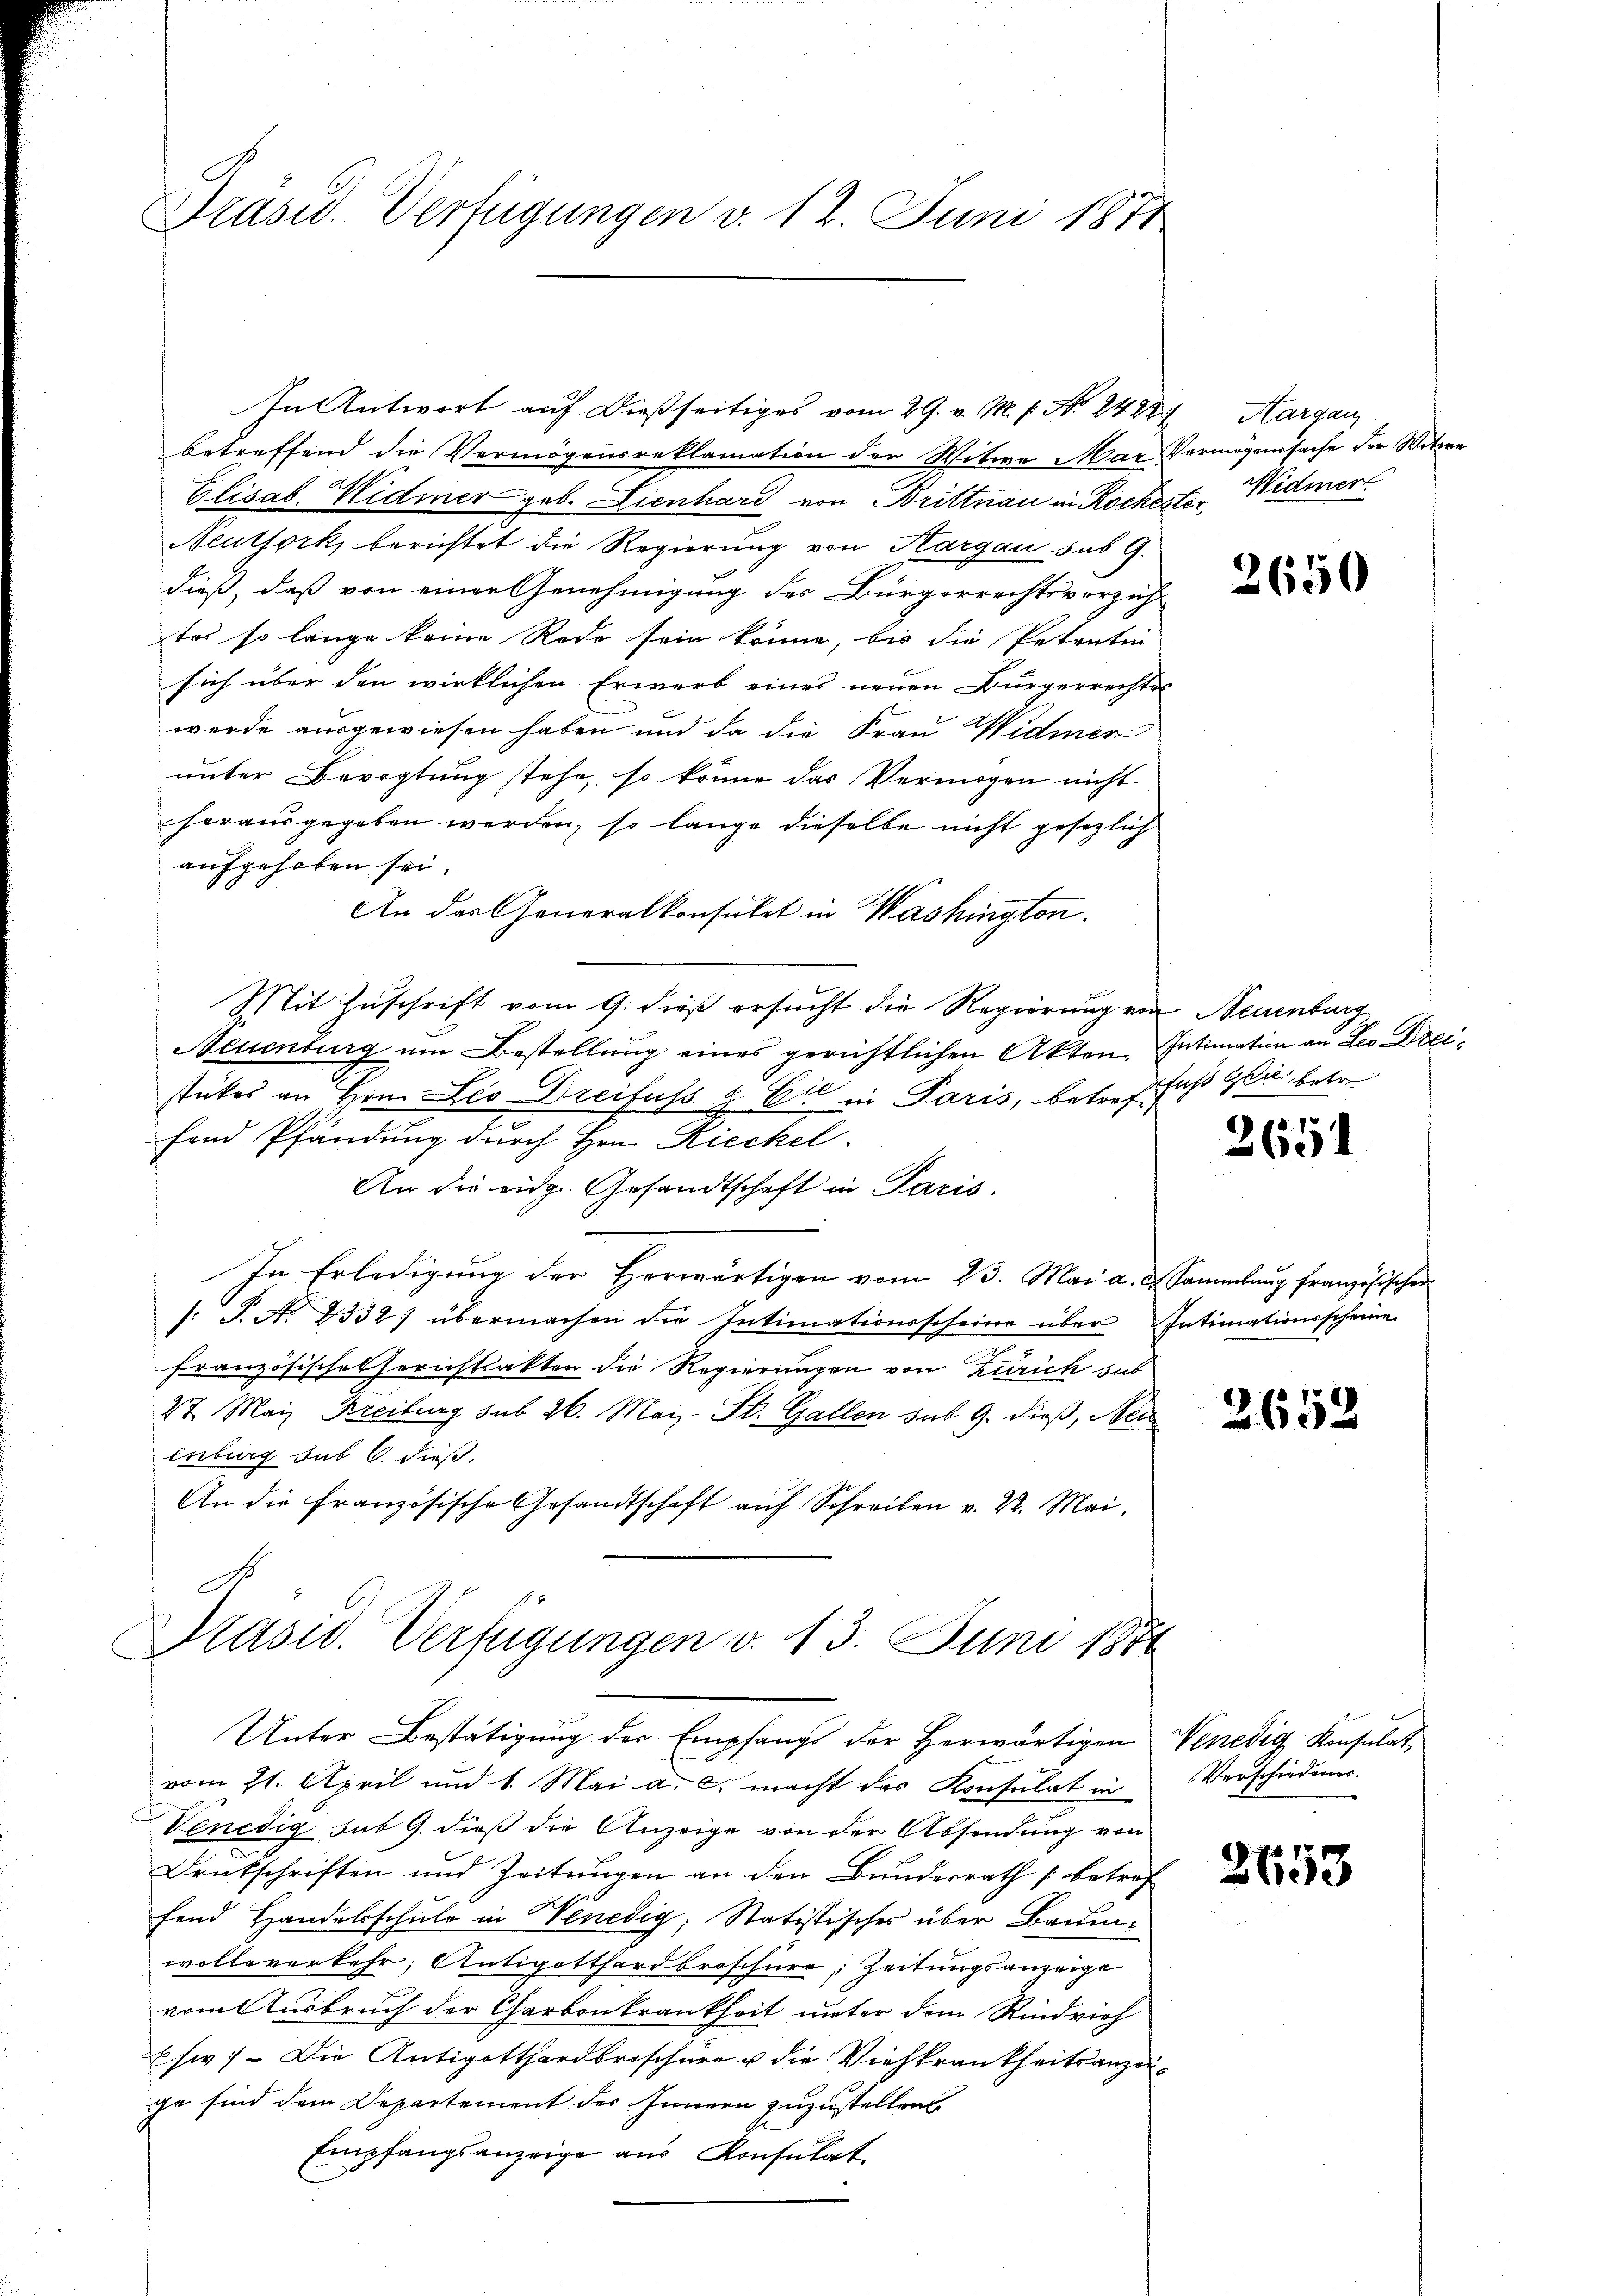
Präsid. Verfügungen v. 12. Juni 1871

In Antwort auf dießseitiges vom 29. v. M. s. No. 2428 Margau
betreffend die Vermögensreklamation der Witwe Mar Vermögenssache der Witwe
Elisab. Widmer geb. Lienhard von Brittnau in Rochester Widmer
Neuthork, berichtet die Regierung von Kargau sub 9.
dieß, daß von einer Genehmigung des Bürgerrechtsverzichtes so lange keine Rede sein könne, bis die Petentin
sich über den wirklichen Erwerb eines neuen Bürgerrechtes
werde ausgewiesen haben und da die Frau Widmer
unter Bevogtung stehe, so könne das Vermögen nicht
herausgegeben werden, so lange dieselbe nicht gesezlich
aufgehoben sei.
An das Generalkonsulat in Washington.
Mit Zuschrift vom 9. dieß ersucht die Regierung von Neuenburg
Neuenburg um Bestellung eines gerichtlichen Akten. Intimation an Leo Dreistükes an Hrn. Leo Dreifuss & Cie in Paris, betreffaß Glu betr.
fand Pfändung durch Hrn. Rieckel
An die eidg. Gesandtschaft in Paris.
In Erledigung der Herwärtigen vom 23. Mai a. u. Sammlung französischer
/: P. No 1332) übermachen die Intimationsscheine über Intimationsscheine
Französisches Gerichtsakten die Regierungen von Zürich sas
27. Mai Freiburg sub 26. Mai- St. Gallen sub 9. dieß, Bei
enburg sub 6. dieß.
An die Französische Gesandtschaft auf Schreiben v. 22. Mai,

vom 21. April und 1. Mai a. c. macht das Konsulat in Verschiedener.
Venedig sub 9. dieß die Anzeige von der Absendung von
Deutschriften und Zeitungen an den Bundesrath (betref
fend Handelsschule in Venedig, Statistisches über Baumwolle verkehr; Antigotthard broschüre, Zeitungsanzeige
vom Ausbruch der Carbonkrankheit unter dem Rindvieh
Esw. - Die Antigotthardbroschüre u die Viehkrankheitsanzeige sind dem Departement des Innern zuzustellen
Empfangsanzeige aus Konsulat

Prasw. Verfügungen v. 13. Juni 1871
Unter Bestätigung der Empfangs der Herwärtigen Venedig Konsulat

2650

2651

2652

2658